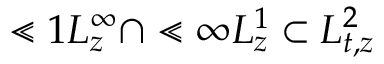
\Lt 1 L _ { z } ^ { \infty } \cap \Lt \infty L _ { z } ^ { 1 } \subset L _ { t , z } ^ { 2 }